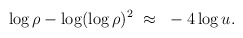
\begin{align*}\log\rho - \log(\log\rho)^2~\approx ~-4\log u.\end{align*}